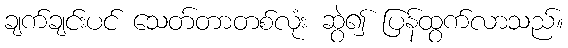
ချက်ချင်းပင် သေတ်တာတစ်လုံး ဆွဲ၍ ပြန်ထွက်လာသည်။